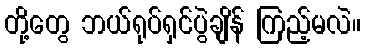
တို့တွေ ဘယ်ရုပ်ရှင်ပွဲချိန် ကြည့်မလဲ။